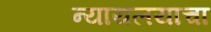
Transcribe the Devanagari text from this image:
न्यायलयाचा